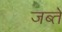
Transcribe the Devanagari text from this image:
जब्ते